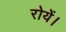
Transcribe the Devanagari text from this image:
रोयें।